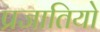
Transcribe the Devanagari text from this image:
प्रजातियो